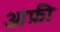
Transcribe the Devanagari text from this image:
आफ़ी